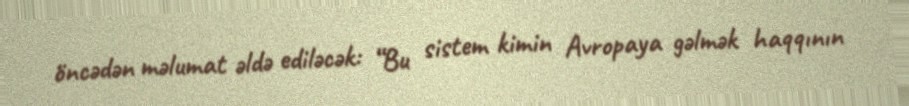
öncədən məlumat əldə ediləcək: “Bu sistem kimin Avropaya gəlmək haqqının